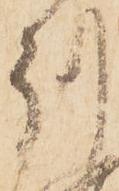
州